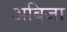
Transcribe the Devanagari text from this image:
अबिजा